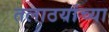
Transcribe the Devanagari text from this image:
तलाठयांच्या